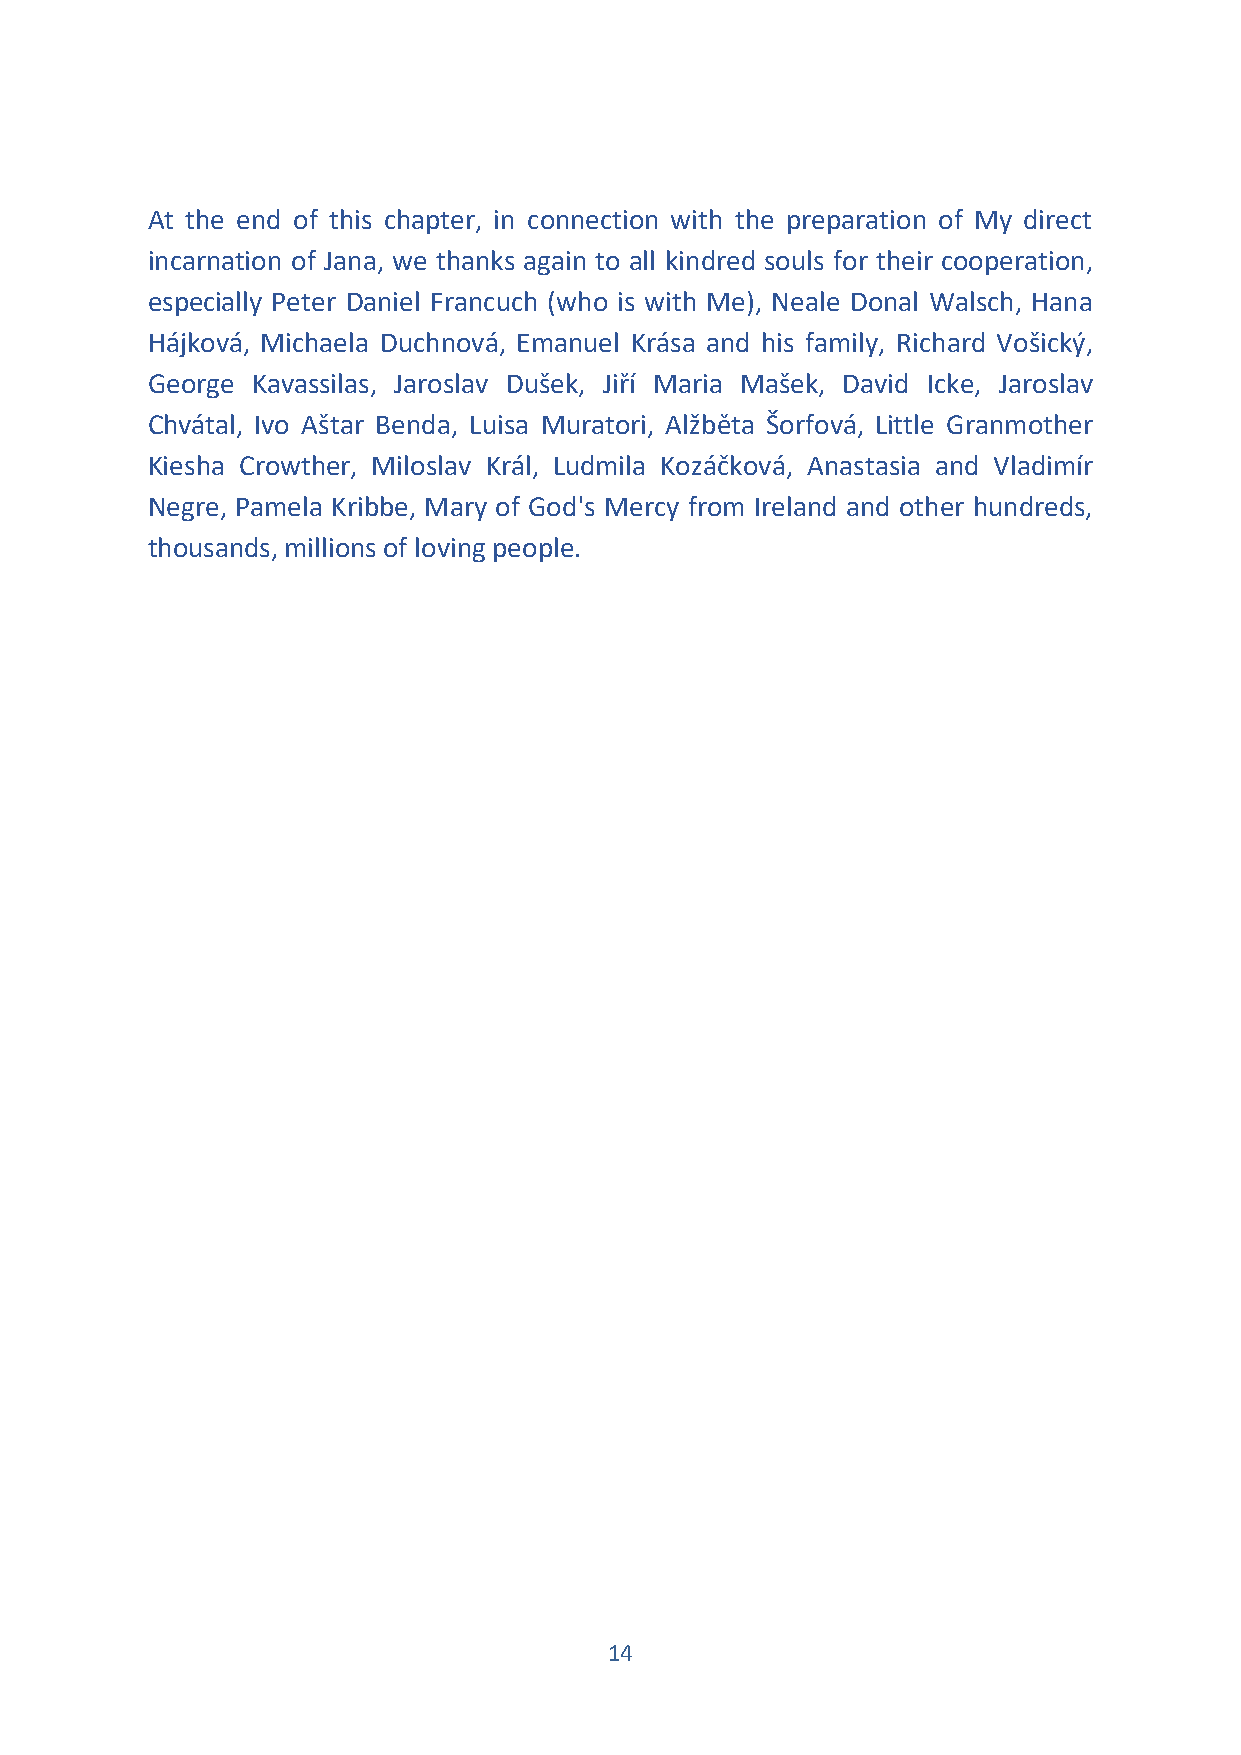
At the end of this chapter, in connection with the preparation of My direct
 incarnation of Jana, we thanks again to all kindred souls for their cooperation,
 especially Peter Daniel Francuch (who is with Me), Neale Donal Walsch, Hana
 Hájková, Michaela Duchnová, Emanuel Krása and his family, Richard Vošický,
 George Kavassilas, Jaroslav Dušek, Jiří Maria Mašek, David Icke, Jaroslav
 Chvátal, Ivo Aštar Benda, Luisa Muratori, Alžběta Šorfová, Little Granmother
 Kiesha Crowther, Miloslav Král, Ludmila Kozáčková, Anastasia and Vladimír
 Negre, Pamela Kribbe, Mary of God's Mercy from Ireland and other hundreds,
 thousands, millions of loving people.
 14